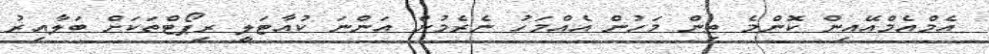
އެމްއެމްއޭއިން ކޮންމެ ތިން މަހުން އެއްމަހު ނެރެމުން އަންނަ ކުއާޓަލީ ރިޕޯޓްތަކަށް ބަލާއިރު